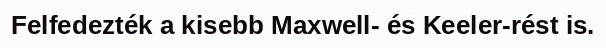
Felfedezték a kisebb Maxwell- és Keeler-rést is.